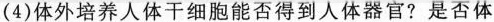
(4)体外培养人体干细胞能否得到人体器官?是否体